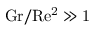
\mathrm { { G r / R e ^ { 2 } \gg 1 } }